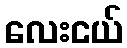
လေးငယ်